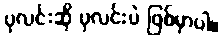
ပုလင်းဆို ပုလင်းပဲ ဖြစ်မှာပါ။